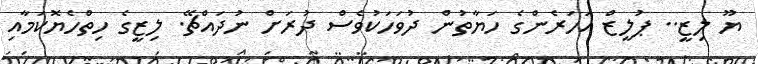
ޔޫ ލިޒީ.. ޕުލީޒް އަހަރެންގެ ހަޔާތުން ދުވަހަކުވެސް ދުރަށް ނުދައްޗޭ. ލިޒީގެ ހިތްހެޔޮކަމާއި